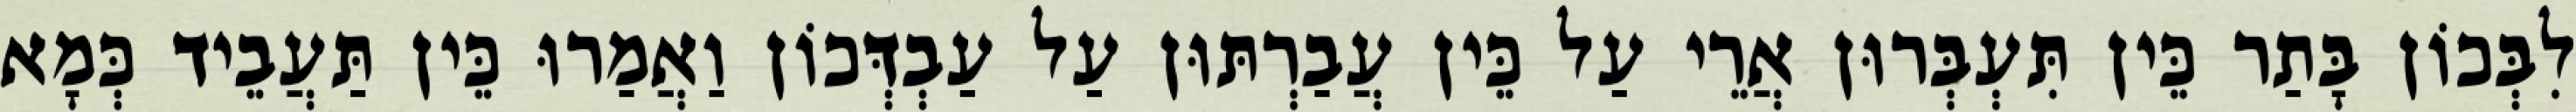
לִבְּכוֹן בָּתַר כֵּין תִּעְבְּרוּן אֲרֵי עַל כֵּין עֲבַרְתּוּן עַל עַבְדְּכוֹן וַאֲמַרוּ כֵּין תַּעֲבֵיד כְּמָא